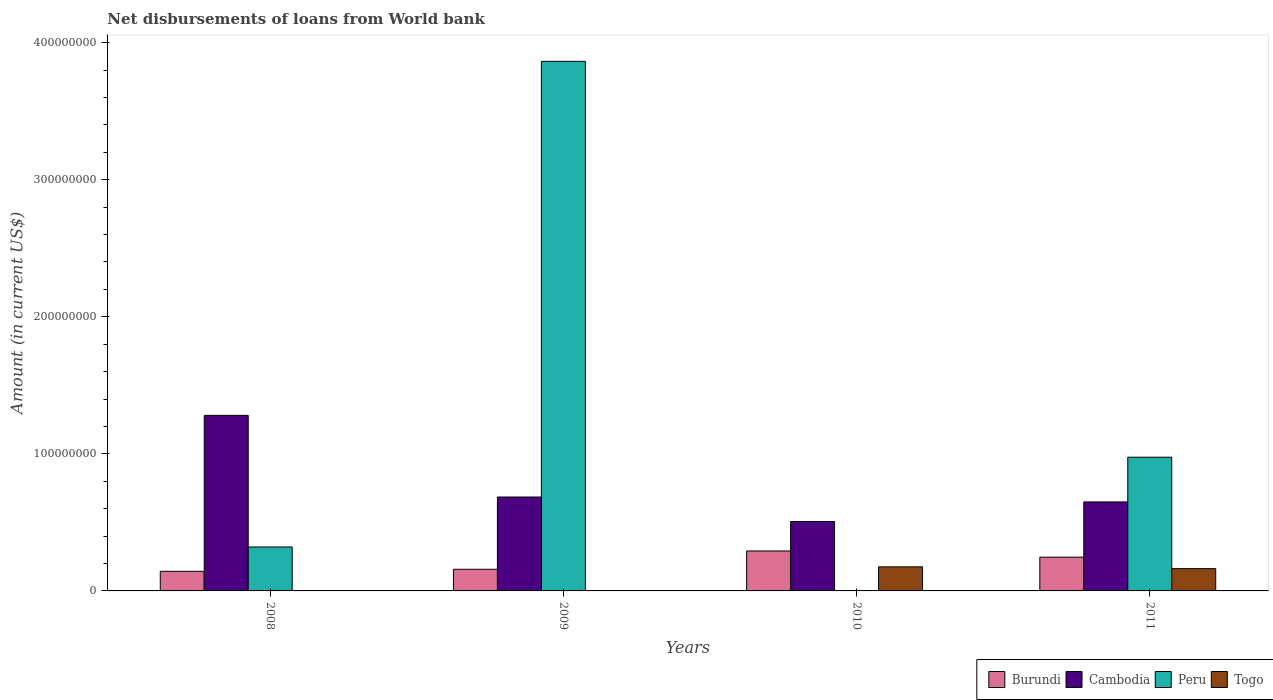
| Years | Burundi | Cambodia | Peru | Togo |
 | --- | --- | --- | --- | --- |
 | 2008 | 1.43e+07 | 1.28e+08 | 3.2e+07 | -1.37e+08 |
 | 2009 | 1.58e+07 | 6.85e+07 | 3.86e+08 | -2.71e+07 |
 | 2010 | 2.91e+07 | 5.06e+07 | -5.28e+08 | 1.76e+07 |
 | 2011 | 2.46e+07 | 6.49e+07 | 9.75e+07 | 1.63e+07 |